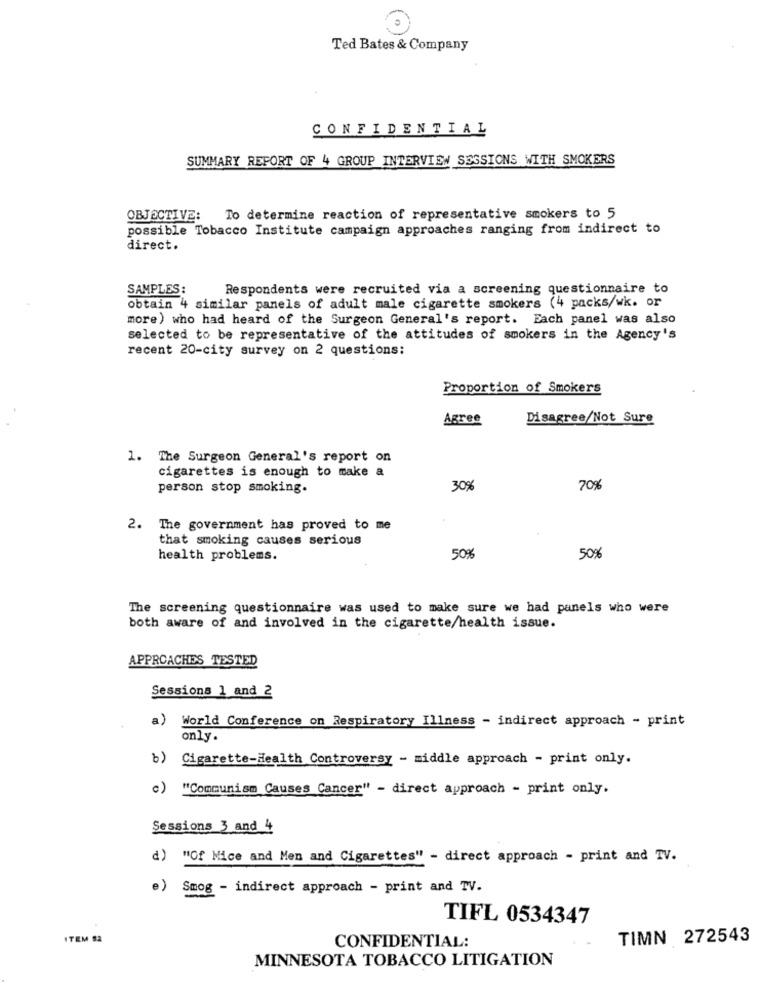
Ted Bates & Company
CONFIDENTIAL
SUMMARY REPORT OF 4 GROUP INTERVIEW SESSIONS WITH SMOKERS
OBJECTIVE:
To determine reaction of representative smokers to 5
possible Tobacco Institute campaign approaches ranging from indirect to
direct.
SAMPLES:
Respondents were recruited via a screening questionnaire to
obtain 4 similar panels of adult male cigarette smokers (4 packs/wk. or
more) who had heard of the Surgeon General's report. Each panel was also
selected to be representative of the attitudes of smokers in the Agency's
recent 20-city survey on 2 questions:
Proportion of Smokers
Agree
Disagree/Not Sure
1. The Surgeon General's report on
cigarettes is enough to make a
person stop smoking.
30%
70%
2. The government has proved to me
that smoking causes serious
health problems.
50%
50%
The screening questionnaire was used to make sure we had panels who were
both aware of and involved in the cigarette/health issue.
APPROACHES TESTED
Sessions 1 and 2
a)
World Conference on Respiratory Illness - indirect approach - print
only.
b) Cigarette-Health Controversy - middle approach - print only.
c) "Communism Causes Cancer" - direct approach - print only.
Sessions 3 and 4
d) "Of Mice and Men and Cigarettes" - direct approach - print and TV.
e)
Smog - indirect approach - print and TV.
TIFL 0534347
ITEM 52
TIMN 272543
CONFIDENTIAL:
MINNESOTA TOBACCO LITIGATION